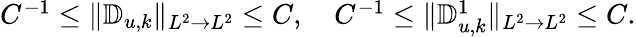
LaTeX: \begin{array}{r}{C^{-1}\leq\| \mathbb{D}_{u,k}\| _{L^{2}\to L^{2}}\leq C,\quad C^{-1}\leq\| \mathbb{D}_{u,k}^{1}\| _{L^{2}\to L^{2}}\leq C.}\end{array}